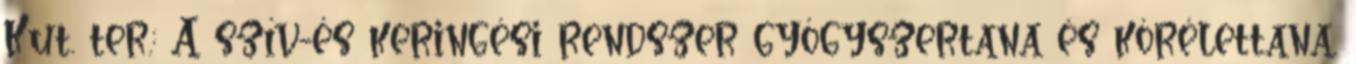
Kut. ter.: A szív-és keringési rendszer gyógyszertana és kórélettana.